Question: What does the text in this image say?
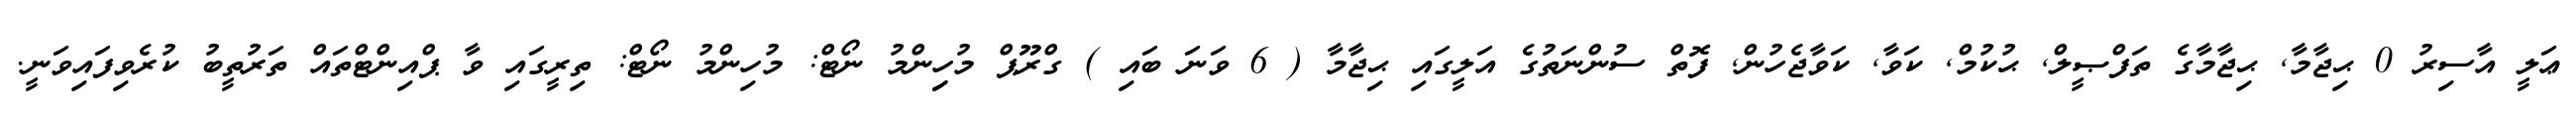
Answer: ޢަލީ އާސިރު 0 ޙިޖާމާ, ޙިޖާމާގެ ތަފްޞީލް, ޙުކުމް, ކަވާ, ކަވާޖެހުން, ފޮތް ސުންނަތުގެ އަލީގައި ޙިޖާމާ ( 6 ވަނަ ބައި ) ގްރޫޕް މުހިިންމު ނޯޓް: މުހިންމު ނޯޓް: ތިރީގައި ވާ ޕްއިންޓްތައް ތަރުތީބު ކުރެވިފައިވަނީ.